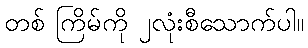
တစ် ကြိမ်ကို ၂လုံးစီသောက်ပါ။